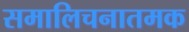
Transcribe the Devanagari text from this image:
समालिचनातमक